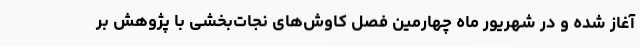
آغاز شده و در شهریور ماه چهارمین فصل کاوش‌های نجات‌بخشی با پژوهش بر